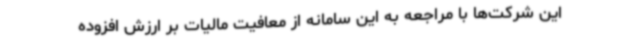
این شرکت‌ها با مراجعه به این سامانه از معافیت مالیات بر ارزش افزوده